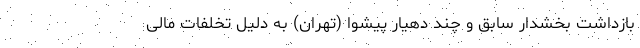
بازداشت بخشدار سابق و چند دهیار پیشوا (تهران) به دلیل تخلفات مالی